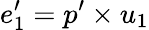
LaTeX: e_{1}^{\prime}=p^{\prime}\times u_{1}